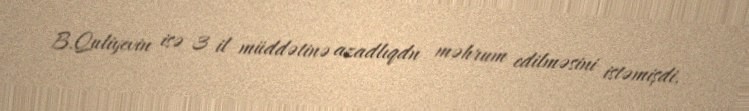
B.Quliyevin isə 3 il müddətinə azadlıqdn məhrum edilməsini istəmişdi.